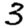
Digit: 3